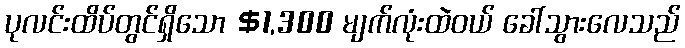
ပုလင်းထိပ်တွင်ရှိသော $1,300 မျက်လုံးထဲဝယ် ခေါ်သွားလေသည်